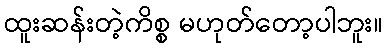
ထူးဆန်းတဲ့ကိစ္စ မဟုတ်တော့ပါဘူး။